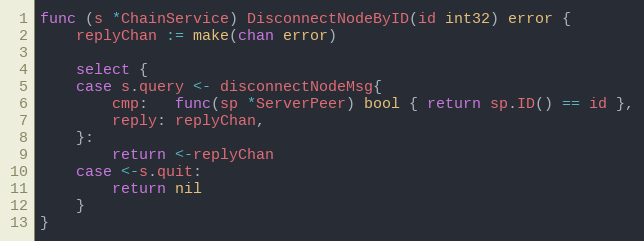
Language: Go
func (s *ChainService) DisconnectNodeByID(id int32) error {
	replyChan := make(chan error)

	select {
	case s.query <- disconnectNodeMsg{
		cmp:   func(sp *ServerPeer) bool { return sp.ID() == id },
		reply: replyChan,
	}:
		return <-replyChan
	case <-s.quit:
		return nil
	}
}